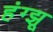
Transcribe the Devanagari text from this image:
हंग्झू